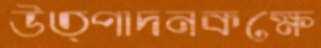
উত্পাদনকক্ষে